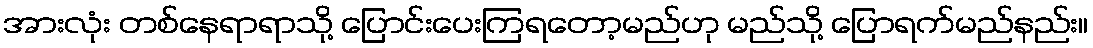
အားလုံး တစ်နေရာရာသို့ ပြောင်းပေးကြရတော့မည်ဟု မည်သို့ ပြောရက်မည်နည်း။